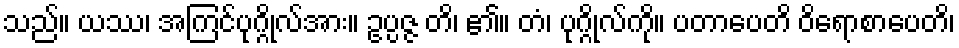
သည်။ ယဿ၊ အကြင်ပုဂ္ဂိုလ်အား။ ဥပ္ပဇ္ဇ တိ၊ ၏။ တံ၊ ပုဂ္ဂိုလ်ကို။ ပတာပေတိ ဝိရောစာပေတိ၊